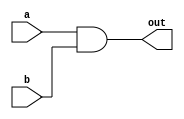
module and_gate (
    input wire a,
    input wire b,
    output reg out
);

// Continuous assignment statement
assign out = a & b;

endmodule